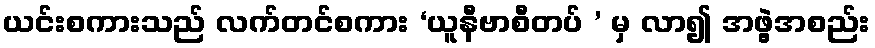
ယင်းစကားသည် လက်တင်စကား ‘ယူနီဗာစီတပ် ’ မှ လာ၍ အဖွဲ့အစည်း